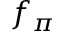
f _ { \pi }